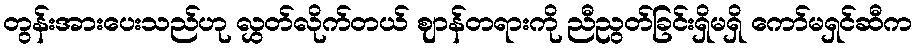
တွန်းအားပေးသည်ဟု လွှတ်လိုက်တယ် ဈာန်တရားကို ညီညွတ်ခြင်းရှိမရှိ ကော်မရှင်ဆီက